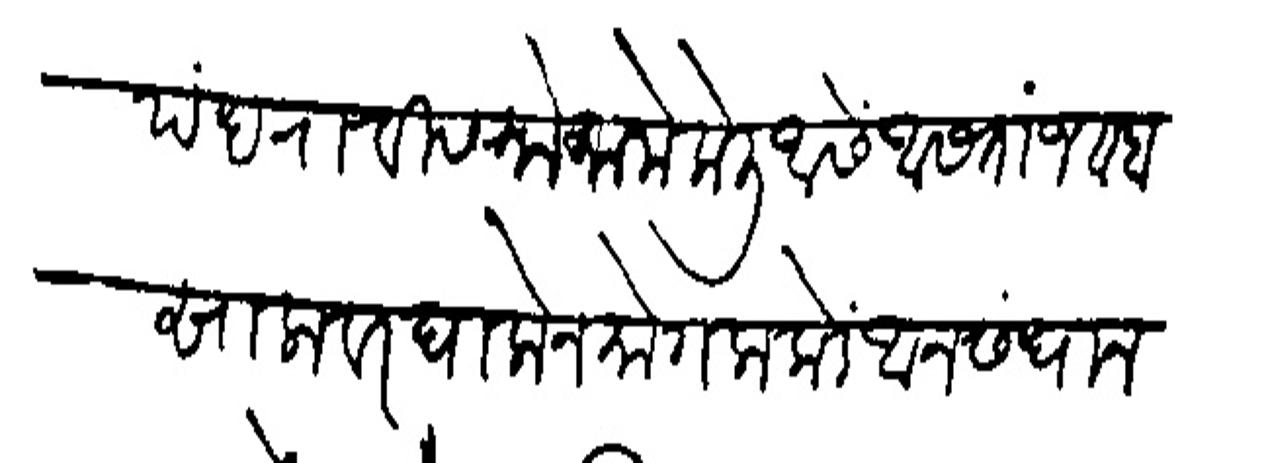
Transliteration (Devanagari): पंधरा वीस मोकामे केली आसे आसतां जबाब सालावर घालोन मोगलाकढें आनसंधान